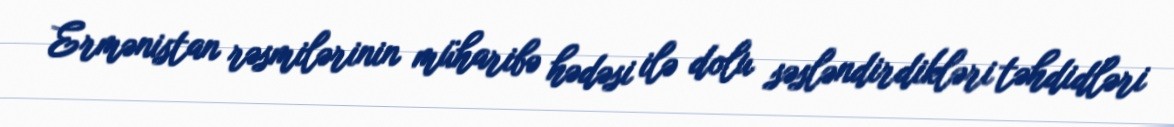
Ermənistan rəsmilərinin müharibə hədəsi ilə dolu səsləndirdikləri təhdidləri